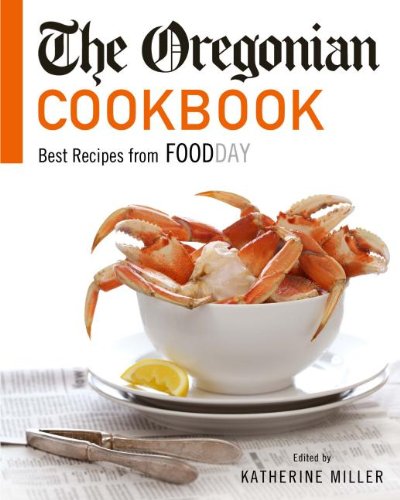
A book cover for The Oregonian Cookbook: Best Recipes from Foodday; Katherine Miller; Cookbooks, Food & Wine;